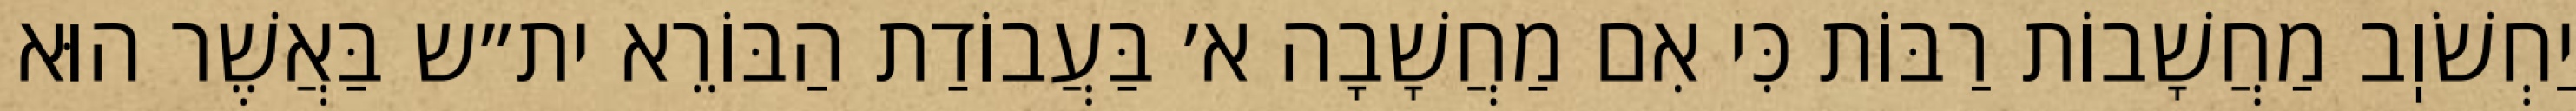
יַחְשֹׁוֽב מַחֲשָׁבוֹת רַבּוֹת כִּי אִם מַחֲשָׁבָה א׳ בַּעֲבוֹדַת הַבּוֹרֵא ית״ש בַּאֲשֶׁר הוּא